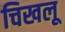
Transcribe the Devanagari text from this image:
चिखलू